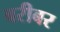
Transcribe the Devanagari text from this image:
बरीबर